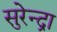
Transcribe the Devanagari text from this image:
सुरेन्द्रा